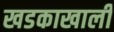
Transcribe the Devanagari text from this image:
खडकाखाली